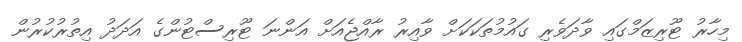
މިހާރު ޓޫރިޒަމްގައި ވާދަވެރި ގައުމުތަކަކަށް ވާއިރު ރާއްޖެއަށް އަންނަ ޓޫރިސްޓުންގެ އަދަދު އިތުރުކުރުން